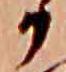
か